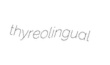
thyreolingual